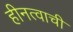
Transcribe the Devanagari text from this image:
हीनत्वाची